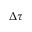
\Delta \tau